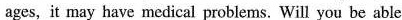
ages, it may have medical problems. Will you be able